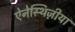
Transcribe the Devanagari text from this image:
ऐनेस्थिज़ीया